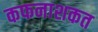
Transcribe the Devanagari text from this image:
कफनाशकत